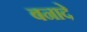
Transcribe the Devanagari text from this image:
बनादे